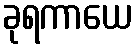
ခုရကာယေ